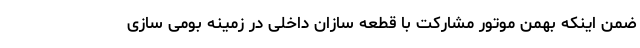
ضمن اینکه بهمن موتور مشارکت با قطعه سازان داخلی در زمینه بومی سازی